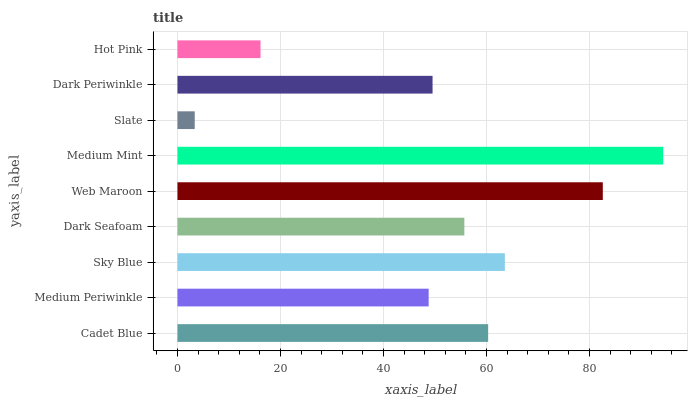
| yaxis_label | bars |
 | --- | --- |
 | Cadet Blue | 60.3 |
 | Medium Periwinkle | 48.8 |
 | Sky Blue | 63.6 |
 | Dark Seafoam | 55.7 |
 | Web Maroon | 82.6 |
 | Medium Mint | 94.3 |
 | Slate | 3.36 |
 | Dark Periwinkle | 49.5 |
 | Hot Pink | 16.1 |